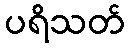
ပရိသတ်